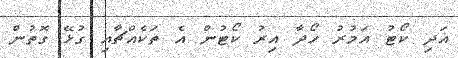
އަދި ކޯޓު އަމުރު ހޯދާ އިރު ކޯޓުން އެ ތަކެއްޗާއި ގުޅޭ ގޮތުން